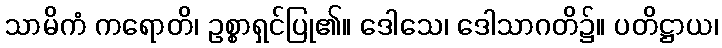
သာမိကံ ကရောတိ၊ ဥစ္စာရှင်ပြု၏။ ဒေါသေ၊ ဒေါသာဂတိ၌။ ပတိဋ္ဌာယ၊